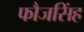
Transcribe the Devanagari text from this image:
फौजसिंह